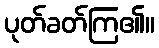
ပုတ်ခတ်ကြ၏။